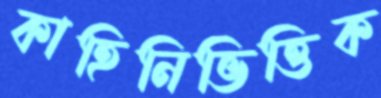
কাহিনিভিত্তিক